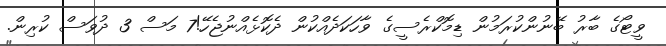
ވީޓޯގެ ބާރު ބޭނުންކުރަމުން ޑިމޮކްރެސީގެ ވާހަކަދެއްކުން ދެކޮޅެއްނުޖެހޭ!7 މަސް 3 ދުވަސް ކުރިން.